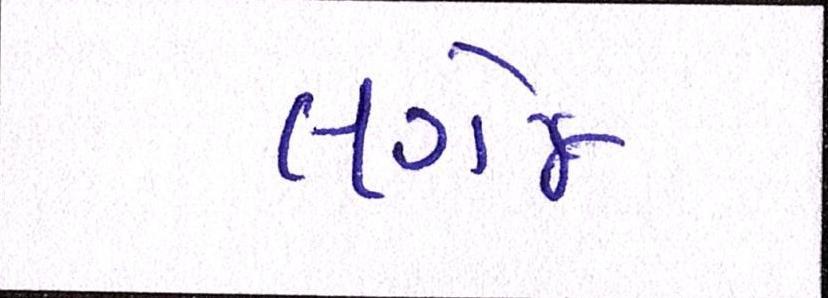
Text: લગેજ